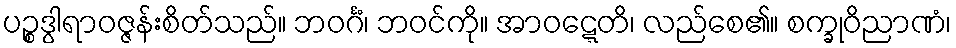
ပဉ္စဒွါရာဝဇ္ဇန်းစိတ်သည်။ ဘဝင်္ဂံ၊ ဘဝင်ကို။ အာဝဋ္ဋေတိ၊ လည်စေ၏။ စက္ခုဝိညာဏံ၊